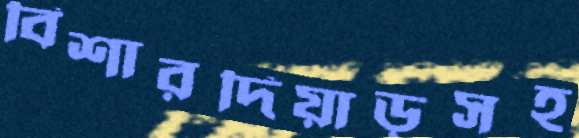
বিশারদিয়াড়সহ